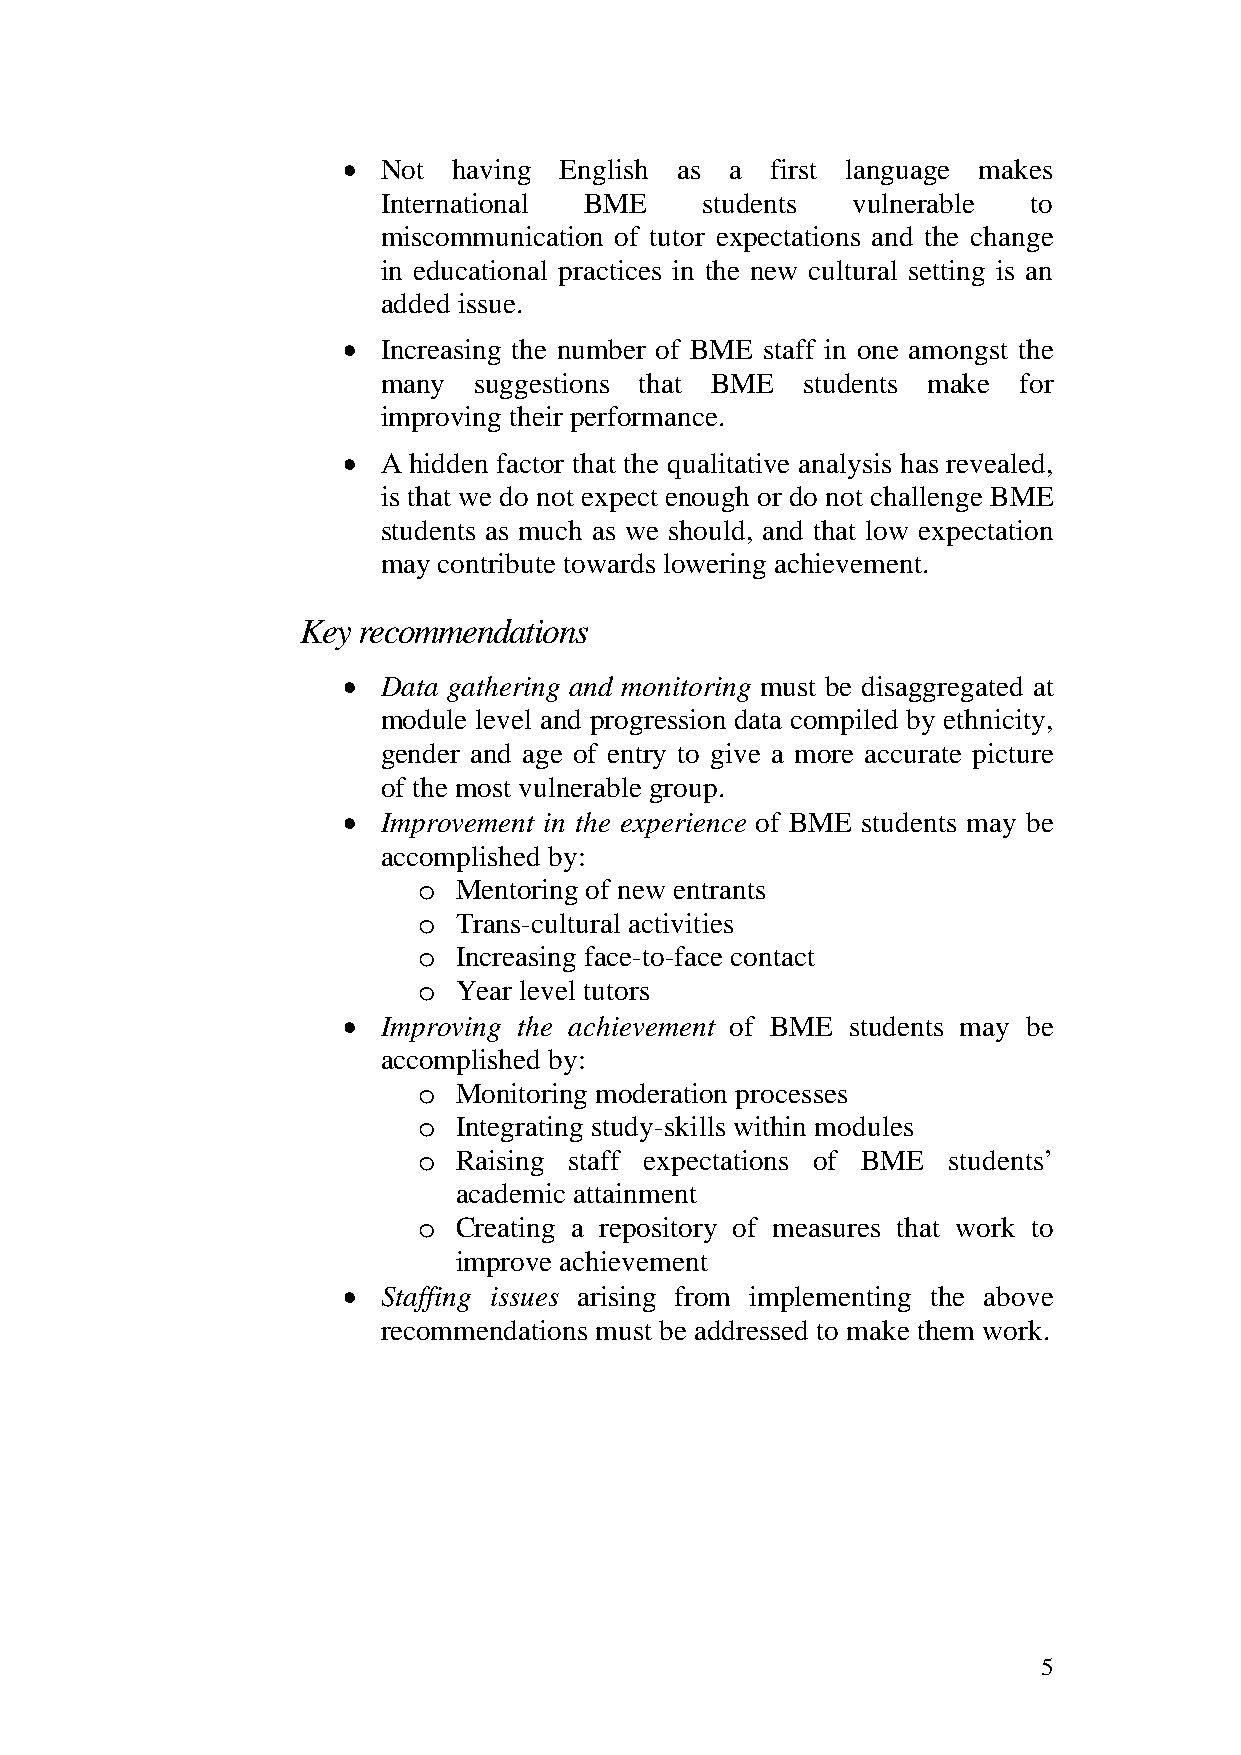
• Not  having English as a  first language makes
 International BME    students  vulnerable  to
 miscommunication of tutor expectations and the change
 in educational practices in the new cultural setting is an
 added issue.
 • Increasing the number of BME staff in one amongst the
 many  suggestions that BME  students make for
 improving their performance.
 • A hidden factor that the qualitative analysis has revealed,
 is that we do not expect enough or do not challenge BME
 students as much as we should, and that low expectation
 may contribute towards lowering achievement.
 Key recommendations
 • Data gathering and monitoring must be disaggregated at
 module level and progression data compiled by ethnicity,
 gender and age of entry to give a more accurate picture
 of the most vulnerable group.
 • Improvement in the experience of BME students may be
 accomplished by:
 o Mentoring of new entrants
 o Trans-cultural activities
 o Increasing face-to-face contact
 o Year level tutors
 • Improving the achievement of BME students may be
 accomplished by:
 o Monitoring moderation processes
 o Integrating study-skills within modules
 o Raising staff expectations of BME students’
 academic attainment
 o Creating a repository of measures that work to
 improve achievement
 • Staffing issues arising from implementing the above
 recommendations must be addressed to make them work.
 5